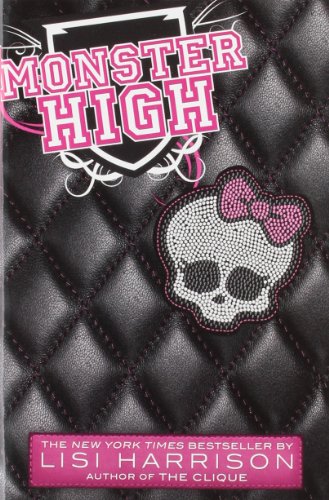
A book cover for Monster High; Lisi Harrison; Teen & Young Adult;